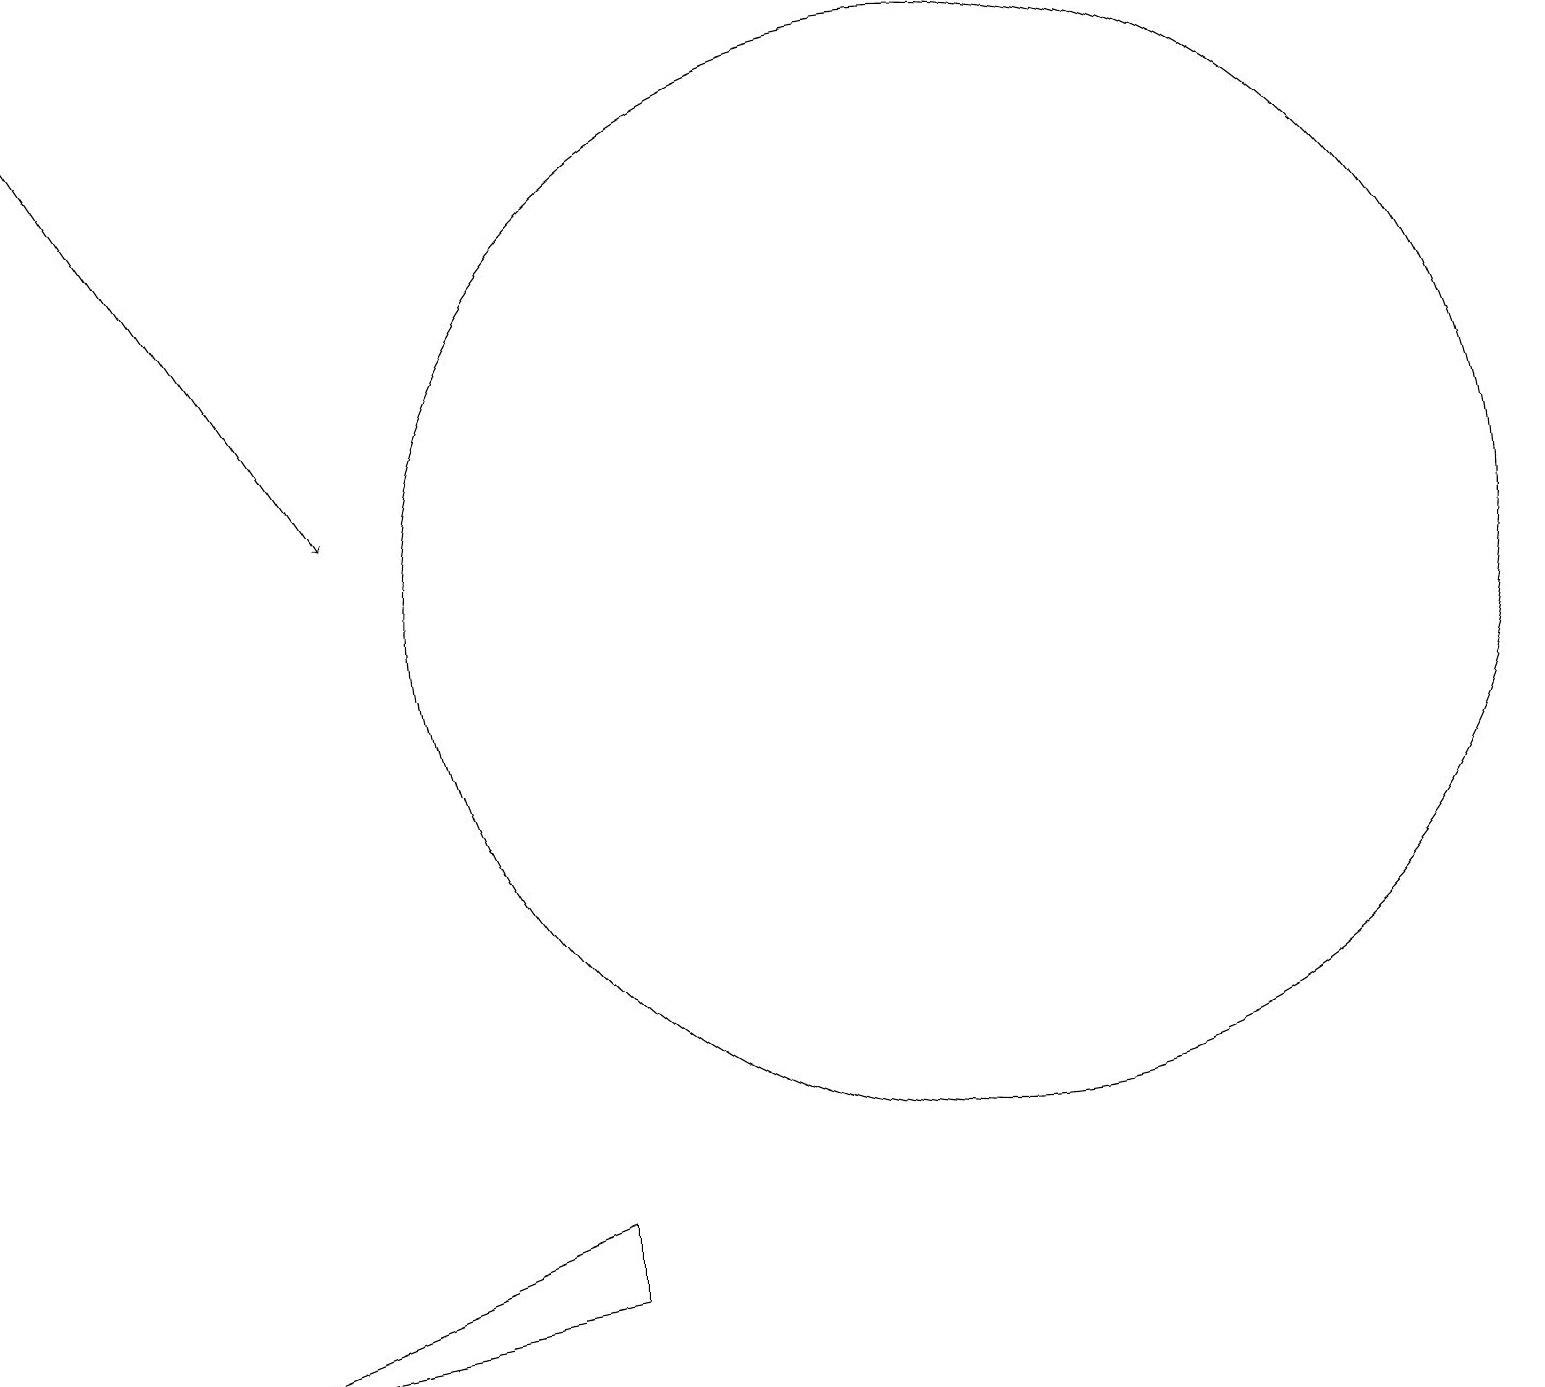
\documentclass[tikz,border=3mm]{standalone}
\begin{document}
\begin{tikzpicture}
\draw[->] (0,17) -- (4,11);
\draw (7,2) -- (7,1) -- (2,0) -- cycle;
\draw (12,10) circle (7);
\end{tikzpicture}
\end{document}